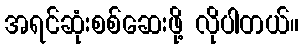
အရင်ဆုံးစစ်ဆေးဖို့ လိုပါတယ်။